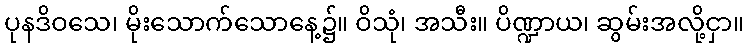
ပုနဒိဝသေ၊ မိုးသောက်သောနေ့၌။ ဝိသုံ၊ အသီး။ ပိဏ္ဍာယ၊ ဆွမ်းအလို့ငှာ။